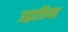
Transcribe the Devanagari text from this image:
उद्वाडिया